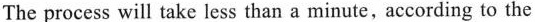
The process will take less than a minute,according to the